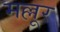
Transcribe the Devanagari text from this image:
मल्लूर